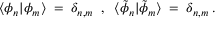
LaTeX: \langle \phi _ { n } | \phi _ { m } \rangle \; = \; \delta _ { n , m } \; \; , \; \; \langle { \tilde { \phi } } _ { n } | { \tilde { \phi } } _ { m } \rangle \; = \; \delta _ { n , m } \; .